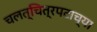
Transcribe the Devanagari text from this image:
चलत्‌चित्रपटाच्या